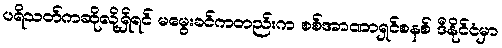
ပရိသတ်ကဆိုလို့ရှိရင် မမွေးခင်ကတည်းက စစ်အာဏာရှင်စနစ် ဒီနိုင်ငံမှာ